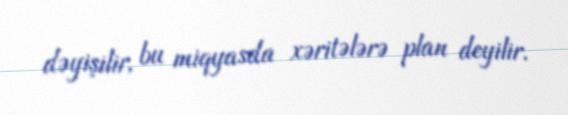
dəyişilir, bu miqyasda xəritələrə plan deyilir.